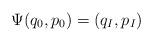
LaTeX: \begin{align*}\Psi(q_0,p_0) = (q_I,p_I)\end{align*}